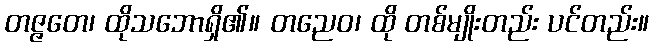
တဇ္ဇတေ၊ ထိုသဘောရှိ၏။ တညေဝ၊ ထို တစ်မျိုးတည်း ပင်တည်း။